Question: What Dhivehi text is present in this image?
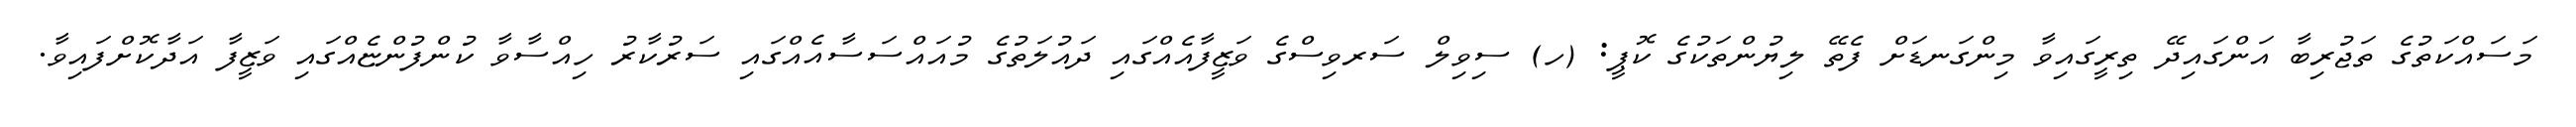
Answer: މަސައްކަތުގެ ތަޖުރިބާ އަންގައިދޭ ތިރީގައިވާ މިންގަނޑަށް ފެތޭ ލިޔުންތަކުގެ ކޮޕީ: (ހ) ސިވިލް ސަރވިސްގެ ވަޒީފާއެއްގައި ދައުލަތުގެ މުއައްސަސާއެއްގައި ސަރުކާރު ހިއްސާވާ ކުންފުންޏެއްގައި ވަޒީފާ އަދާކޮށްފައިވާ.